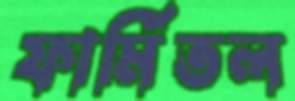
ফার্মিতল